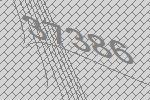
37386